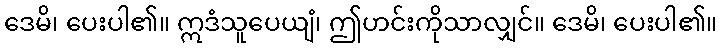
ဒေမိ၊ ပေးပါ၏။ ဣဒံသူပေယျံ၊ ဤဟင်းကိုသာလျှင်။ ဒေမိ၊ ပေးပါ၏။